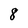
Character: 8